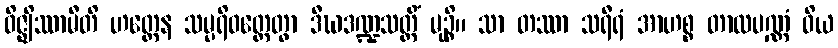
ဝိဇ္ဈိဿာမီတိ ဟတ္ထေန သမ္ပရိဝတ္တေတွာ ဒီဃဒဏ္ဍသတ္တိံ မုဉ္စိ။ သာ တဿာ သရီရံ အာဟစ္စ တာလပဏ္ဏံ ဝိယ